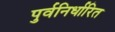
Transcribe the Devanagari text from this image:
पुर्वनिर्धारित